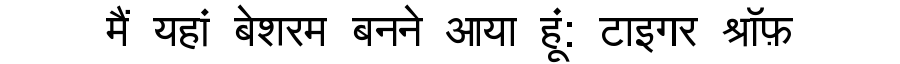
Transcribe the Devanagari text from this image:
मैं यहां बेशरम बनने आया हूं: टाइगर श्रॉफ़